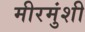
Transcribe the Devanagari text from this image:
मीरमुंशी